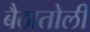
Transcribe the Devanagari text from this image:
बैठातोली